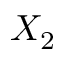
X _ { 2 }